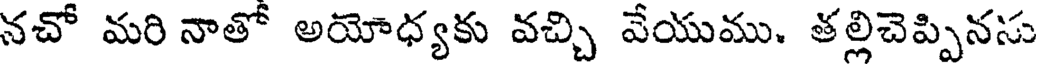
నచో మరి నాతో అయోధ్యకు వచ్చి వేయుము. తల్లిచెప్పినసు